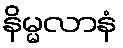
နိမ္မလာနံ